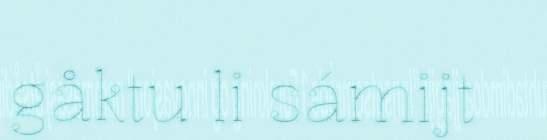
gåktu li sámijt